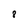
Character: 8